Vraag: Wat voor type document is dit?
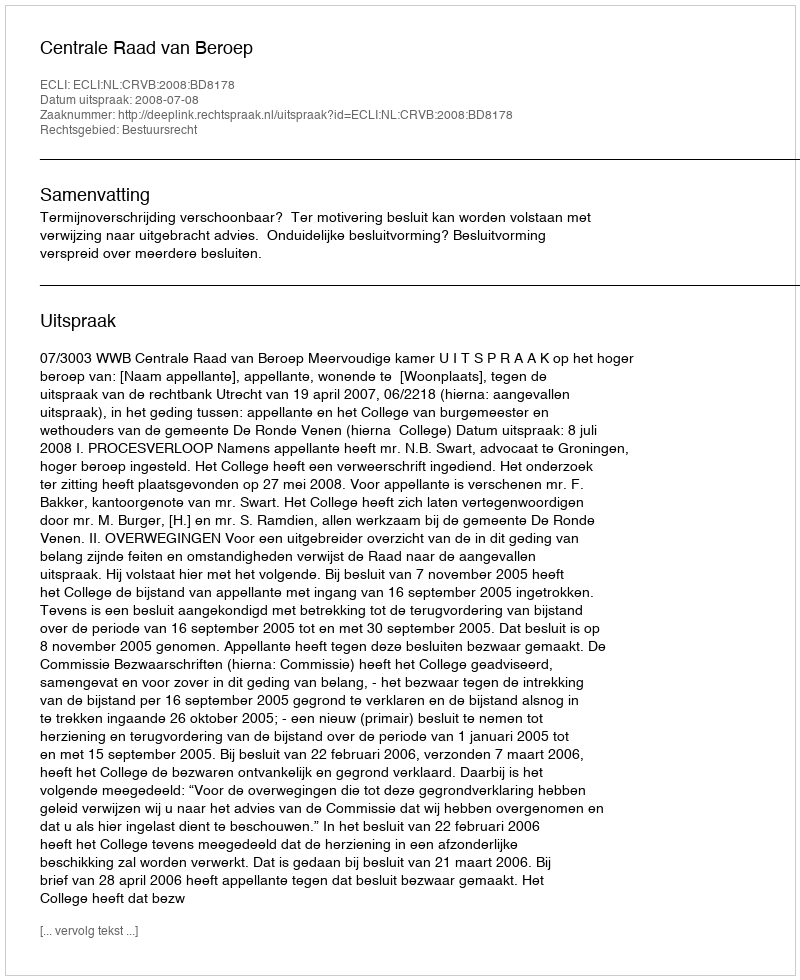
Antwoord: Uitspraak